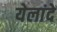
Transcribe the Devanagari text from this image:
येलांदे